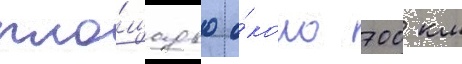
пло́щадью о́коло 700 км